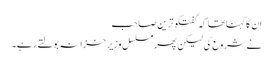
ان کا کہناتھا کہ گفتگو ترین صاحب
نے شروع کی لیکن پھر مسلسل وزیر خزانہ بولتے رہے۔